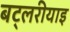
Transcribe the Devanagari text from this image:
बट्लरीयाइ